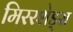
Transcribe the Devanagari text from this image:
मिररशेड्स